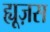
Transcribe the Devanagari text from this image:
ह्यूज़स